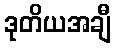
ဒုတိယအချီ